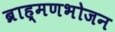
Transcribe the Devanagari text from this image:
ब्राह्मणभोजन